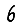
Digit: 6